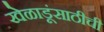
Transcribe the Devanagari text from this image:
खेळाडूंसाठीची